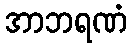
အာဘရဏံ